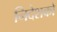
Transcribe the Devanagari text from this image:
निदेशको